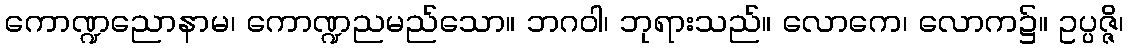
ကောဏ္ဍညောနာမ၊ ကောဏ္ဍညမည်သော။ ဘဂဝါ၊ ဘုရားသည်။ လောကေ၊ လောက၌။ ဥပ္ပဇ္ဇိ၊